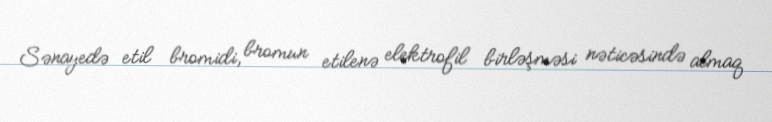
Sənayedə etil bromidi, bromun etilenə elektrofil birləşməsi nəticəsində almaq